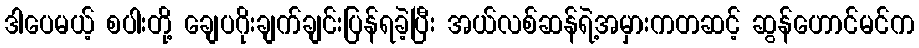
ဒါပေမယ့် စပါးတို့ ချေပဂိုးချက်ချင်းပြန်ရခဲ့ပြီး အယ်လစ်ဆန်ရဲ့အမှားကတဆင့် ဆွန်ဟောင်မင်က